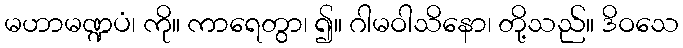
မဟာမဏ္ဍပံ၊ ကို။ ကာရေတွာ၊ ၍။ ဂါမဝါသိနော၊ တို့သည်။ ဒိဝသေ